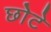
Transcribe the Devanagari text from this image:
छोेटे